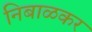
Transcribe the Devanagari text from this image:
निबाळकर